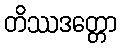
တိဿဒတ္တော